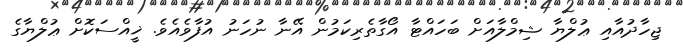
ޖިހާދުއާއި ޢުލްޔާ ޝިމްލާއަށް ބަހައްޓާ އޯގާތެރިކަމުން އޭނާ ނުހަނު އުފާވެއެވެ. ޚީއްސަކޮށް ޢުލްޔާގެ